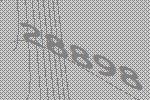
28898